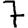
Digit: 7